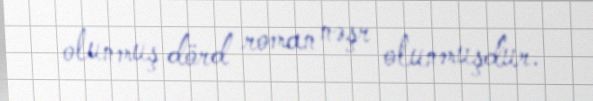
olunmuş dörd roman nəşr olunmuşdur.